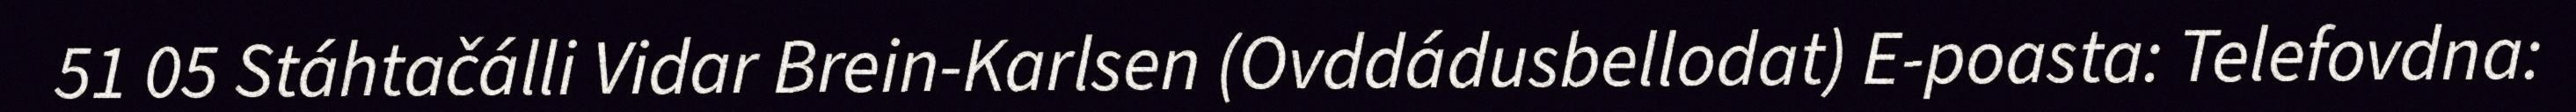
51 05 Stáhtačálli Vidar Brein-Karlsen (Ovddádusbellodat) E-poasta: Telefovdna: